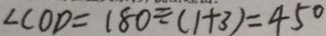
\angle C O D = 1 8 0 \div ( 1 + 3 ) = 4 5 ^ { \circ }